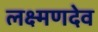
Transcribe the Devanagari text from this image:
लक्ष्‍मणदेव